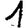
Digit: 1